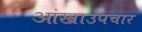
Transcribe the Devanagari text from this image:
आंखाउपचार